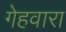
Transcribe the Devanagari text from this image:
गेहवारा